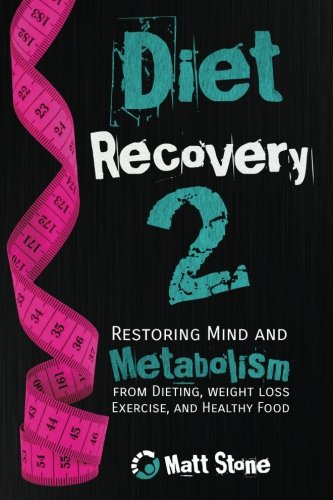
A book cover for Diet Recovery 2; Matt Stone; Health, Fitness & Dieting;